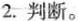
2.判断。